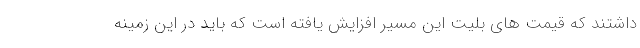
داشتند که قیمت های بلیت این مسیر افزایش یافته است که باید در این زمینه